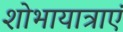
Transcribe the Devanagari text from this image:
शोभायात्राएं